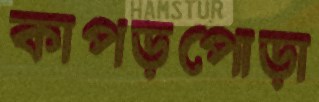
কাপড়পোড়া